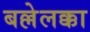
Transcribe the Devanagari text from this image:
बल्लेलक्का